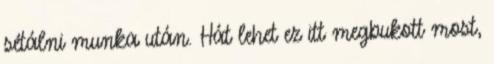
sétálni munka után. Hát lehet ez itt megbukott most,